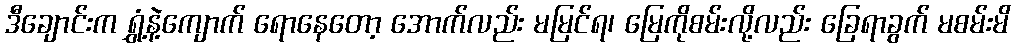
ဒီချောင်းက ရွှံ့နဲ့ကျောက် ရောနေတော့ အောက်လည်း မမြင်ရ၊ မြေကိုစမ်းလို့လည်း ခြေရာခွက် မစမ်းမိ